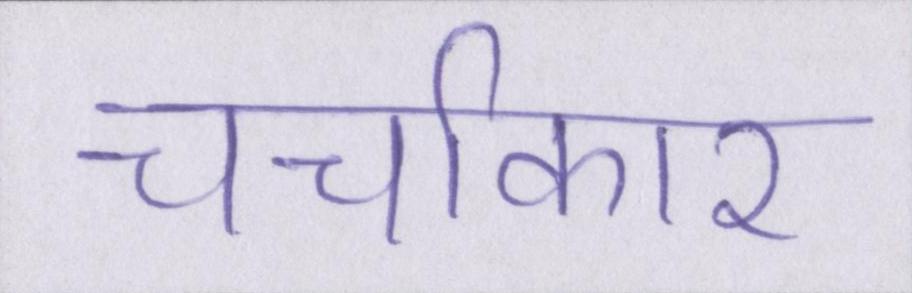
चर्चाकार